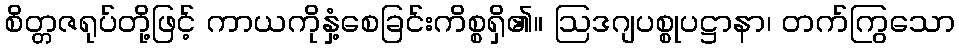
စိတ္တဇရုပ်တို့ဖြင့် ကာယကိုနှံ့စေခြင်းကိစ္စရှိ၏။ ဩဒဂျပစ္စုပဋ္ဌာနာ၊ တက်ကြွသော